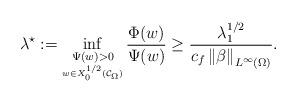
LaTeX: \begin{align*}\lambda^\star:= \inf_{\underset{w\in X^{1/2}_0(\mathcal{C}_\Omega)}{\Psi(w)>0}}\frac{\Phi(w)}{\Psi(w)}\geq \frac{\lambda_1^{1/2}}{c_f\left\|\beta\right\|_{L^{\infty}(\Omega)}}.\end{align*}